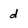
Character: d